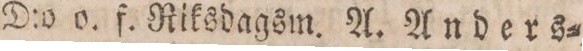
D:o o. f. Riksdagsm. A. Anders=